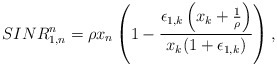
\begin{align*}SINR^n_{1,n} &= \rho x_n \left(1- \frac{ \epsilon_{1,k}\left( x_k +\frac{1}{\rho}\right)}{x_k (1+\epsilon_{1,k})}\right),\end{align*}